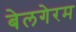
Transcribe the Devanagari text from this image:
बेलगेरम